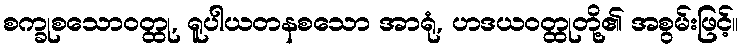
စက္ခုစသောဝတ္ထု, ရူပါယတနစသော အာရုံ, ဟဒယဝတ္ထုတို့၏ အစွမ်းဖြင့်။